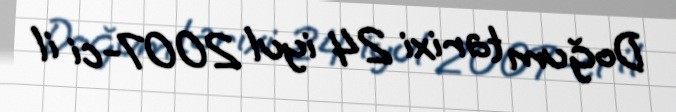
Doğum tarixi 24 iyul 2007-ci il